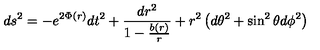
d s ^ { 2 } = - e ^ { 2 \Phi ( r ) } d t ^ { 2 } + \frac { d r ^ { 2 } } { 1 - \frac { b ( r ) } { r } } + r ^ { 2 } \left( d \theta ^ { 2 } + \sin ^ { 2 } \theta d \phi ^ { 2 } \right)